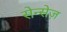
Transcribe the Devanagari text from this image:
सेन्सेज़